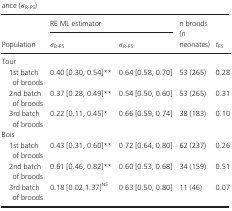
<table><thead><tr><td rowspan="2"><b>Population</b></td><td colspan="2"><b>RE ML estimator</b></td><td rowspan="2"><b>n broods (n neonates)</b></td><td rowspan="2"><b><i>t</i><sub>FS</sub></b></td></tr><tr><td><b><i>σ</i><sub>B‐FS</sub></b></td><td><b><i>σ</i><sub>R‐FS</sub></b></td></tr></thead><tbody><tr><td colspan="5">Tour</td></tr><tr><td>1st batch of broods</td><td>0.40 [0.30, 0.54]**</td><td>0.64 [0.58, 0.70]</td><td>53 (265)</td><td>0.28</td></tr><tr><td>2nd batch of broods</td><td>0.37 [0.28, 0.49]**</td><td>0.54 [0.50, 0.60]</td><td>53 (265)</td><td>0.31</td></tr><tr><td>3rd batch of broods</td><td>0.22 [0.11, 0.45]*</td><td>0.66 [0.59, 0.74]</td><td>38 (183)</td><td>0.10</td></tr><tr><td colspan="5">Bois</td></tr><tr><td>1st batch of broods</td><td>0.43 [0.31, 0.60]**</td><td>0.72 [0.64, 0.80]</td><td>62 (237)</td><td>0.26</td></tr><tr><td>2nd batch of broods</td><td>0.61 [0.46, 0.82]**</td><td>0.60 [0.53, 0.68]</td><td>34 (159)</td><td>0.51</td></tr><tr><td>3rd batch of broods</td><td>0.18 [0.02,1.37]<sup>NS</sup></td><td>0.63 [0.50, 0.80]</td><td>11 (46)</td><td>0.07</td></tr></tbody></table>